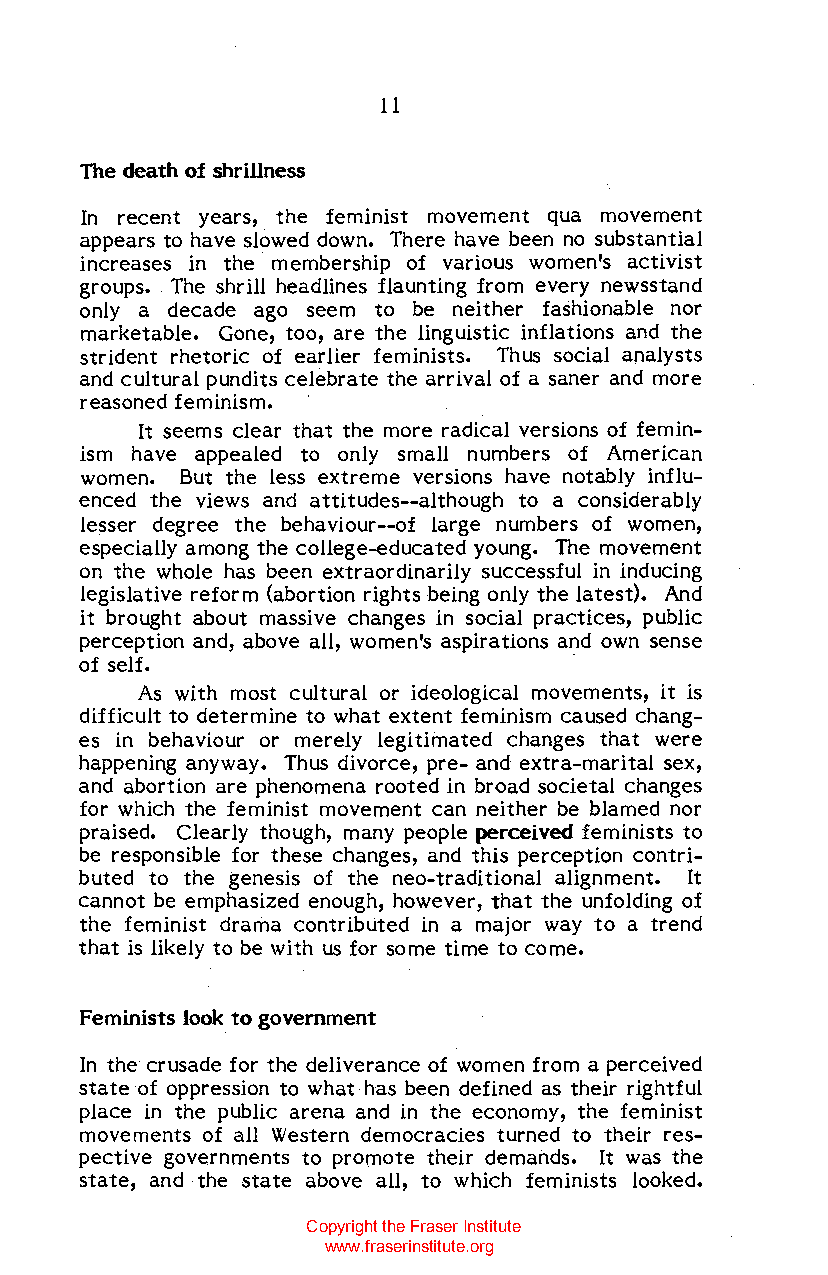
11
 The death of shrillness
 In recent years, the feminist movement qua movement
 appears to have slowed down. There have been no substantial
 increases in the membership of various women's activist
 groups. The shrill headlines flaunting from every newsstand
 only a decade ago seem to be neither fashionable nor
 marketable. Gone, too, are the linguistic inflations and the
 strident rhetoric of earlier feminists. Thus social analysts
 and cultural pundits celebrate the arrival of a saner and more
 reasoned feminism.
 It seems clear that the more radical versions of femin
 ism have appealed to only small numbers of American
 women. But the less extreme versions have notably influ
 enced the views and attitudes--although to a considerably
 lesser degree the behaviour--of large numbers of women,
 especially among the college-educated young. The movement
 on the whole has been extraordinarily successful in inducing
 legislative reform (abortion rights being only the latest). And
 it brought about massive changes in social practices, public
 perception and, above all, women's aspirations and own sense
 of self.                         .
 As with most cultural or ideological movements, it is
 difficult to determine to what extent feminism caused chang
 es in behaviour or merely legitimated changes that were
 happening anyway. Thus divorce, pre- and extra-marital sex,
 and abortion are phenomena rooted in broad societal changes
 for which the feminist movement can neither be blamed nor
 praised. Clearly though, many people perceived feminists to
 be responsible for these changes, and this perception contri
 buted to the genesis of the neo-traditional alignment. It
 cannot be emphasized enough, however, that the unfolding of
 the feminist drama contributed in a major way to a trend
 that is likely to be with us for some time to come.
 Feminists look to government
 In the crusade for the deliverance of women from a perceived
 state of oppression to what has been defined as their rightful
 place in the public arena and in the economy, the feminist
 movements of all Western democracies turned to their res
 pective governments to promote their demands. It was the
 state, and the state above all, to which feminists looked.
 Copyright the Fraser Institute
 www.fraserinstitute.org